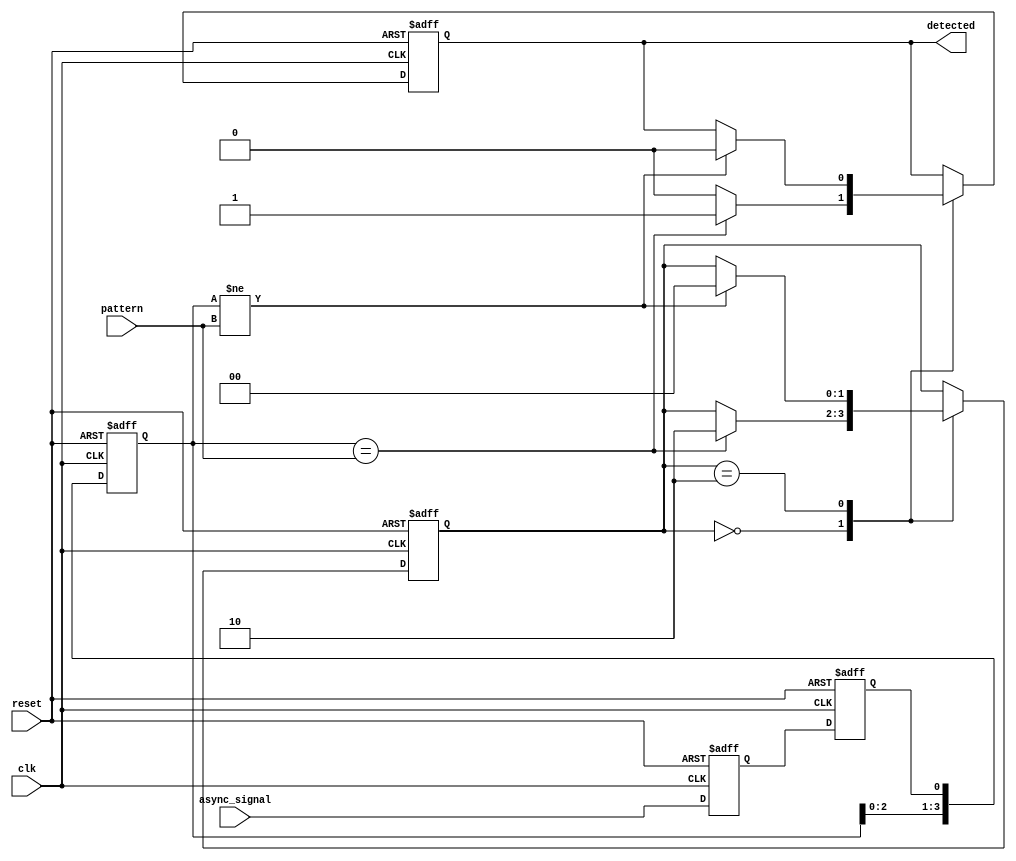
module dual_ff_detector (
    input wire clk,                // Clock signal
    input wire async_signal,       // Asynchronous input signal
    input wire [3:0] pattern,      // Pattern to detect (4 bits)
    input wire reset,              // Reset signal
    output reg detected            // Output signal indicating detection
);

    // Internal signals
    reg ff1, ff2;                  // Dual flip-flops
    reg [3:0] memory;              // Memory block to store detected pattern
    reg [3:0] shift_reg;           // Shift register for pattern detection
    reg [1:0] state;               // State for detection logic

    // State encoding
    localparam IDLE = 2'b00;
    localparam DETECT = 2'b01;
    localparam MATCH = 2'b10;

    // Dual flip-flop synchronization
    always @(posedge clk or posedge reset) begin
        if (reset) begin
            ff1 <= 1'b0;
            ff2 <= 1'b0;
        end else begin
            ff1 <= async_signal;    // Sample the asynchronous signal
            ff2 <= ff1;             // Synchronize with the clock
        end
    end

    // Detection logic
    always @(posedge clk or posedge reset) begin
        if (reset) begin
            detected <= 1'b0;
            memory <= 4'b0000;
            shift_reg <= 4'b0000;
            state <= IDLE;
        end else begin
            // Shift register for pattern detection
            shift_reg <= {shift_reg[2:0], ff2};

            // State machine for detection
            case (state)
                IDLE: begin
                    if (shift_reg == pattern) begin
                        memory <= shift_reg; // Store detected pattern
                        detected <= 1'b1;    // Set detected flag
                        state <= MATCH;      // Move to MATCH state
                    end else begin
                        detected <= 1'b0;    // Reset detected flag
                    end
                end
                MATCH: begin
                    // Remain in MATCH state until reset
                    if (shift_reg != pattern) begin
                        detected <= 1'b0;    // Reset detected flag
                        state <= IDLE;       // Move back to IDLE state
                    end
                end
            endcase
        end
    end

endmodule